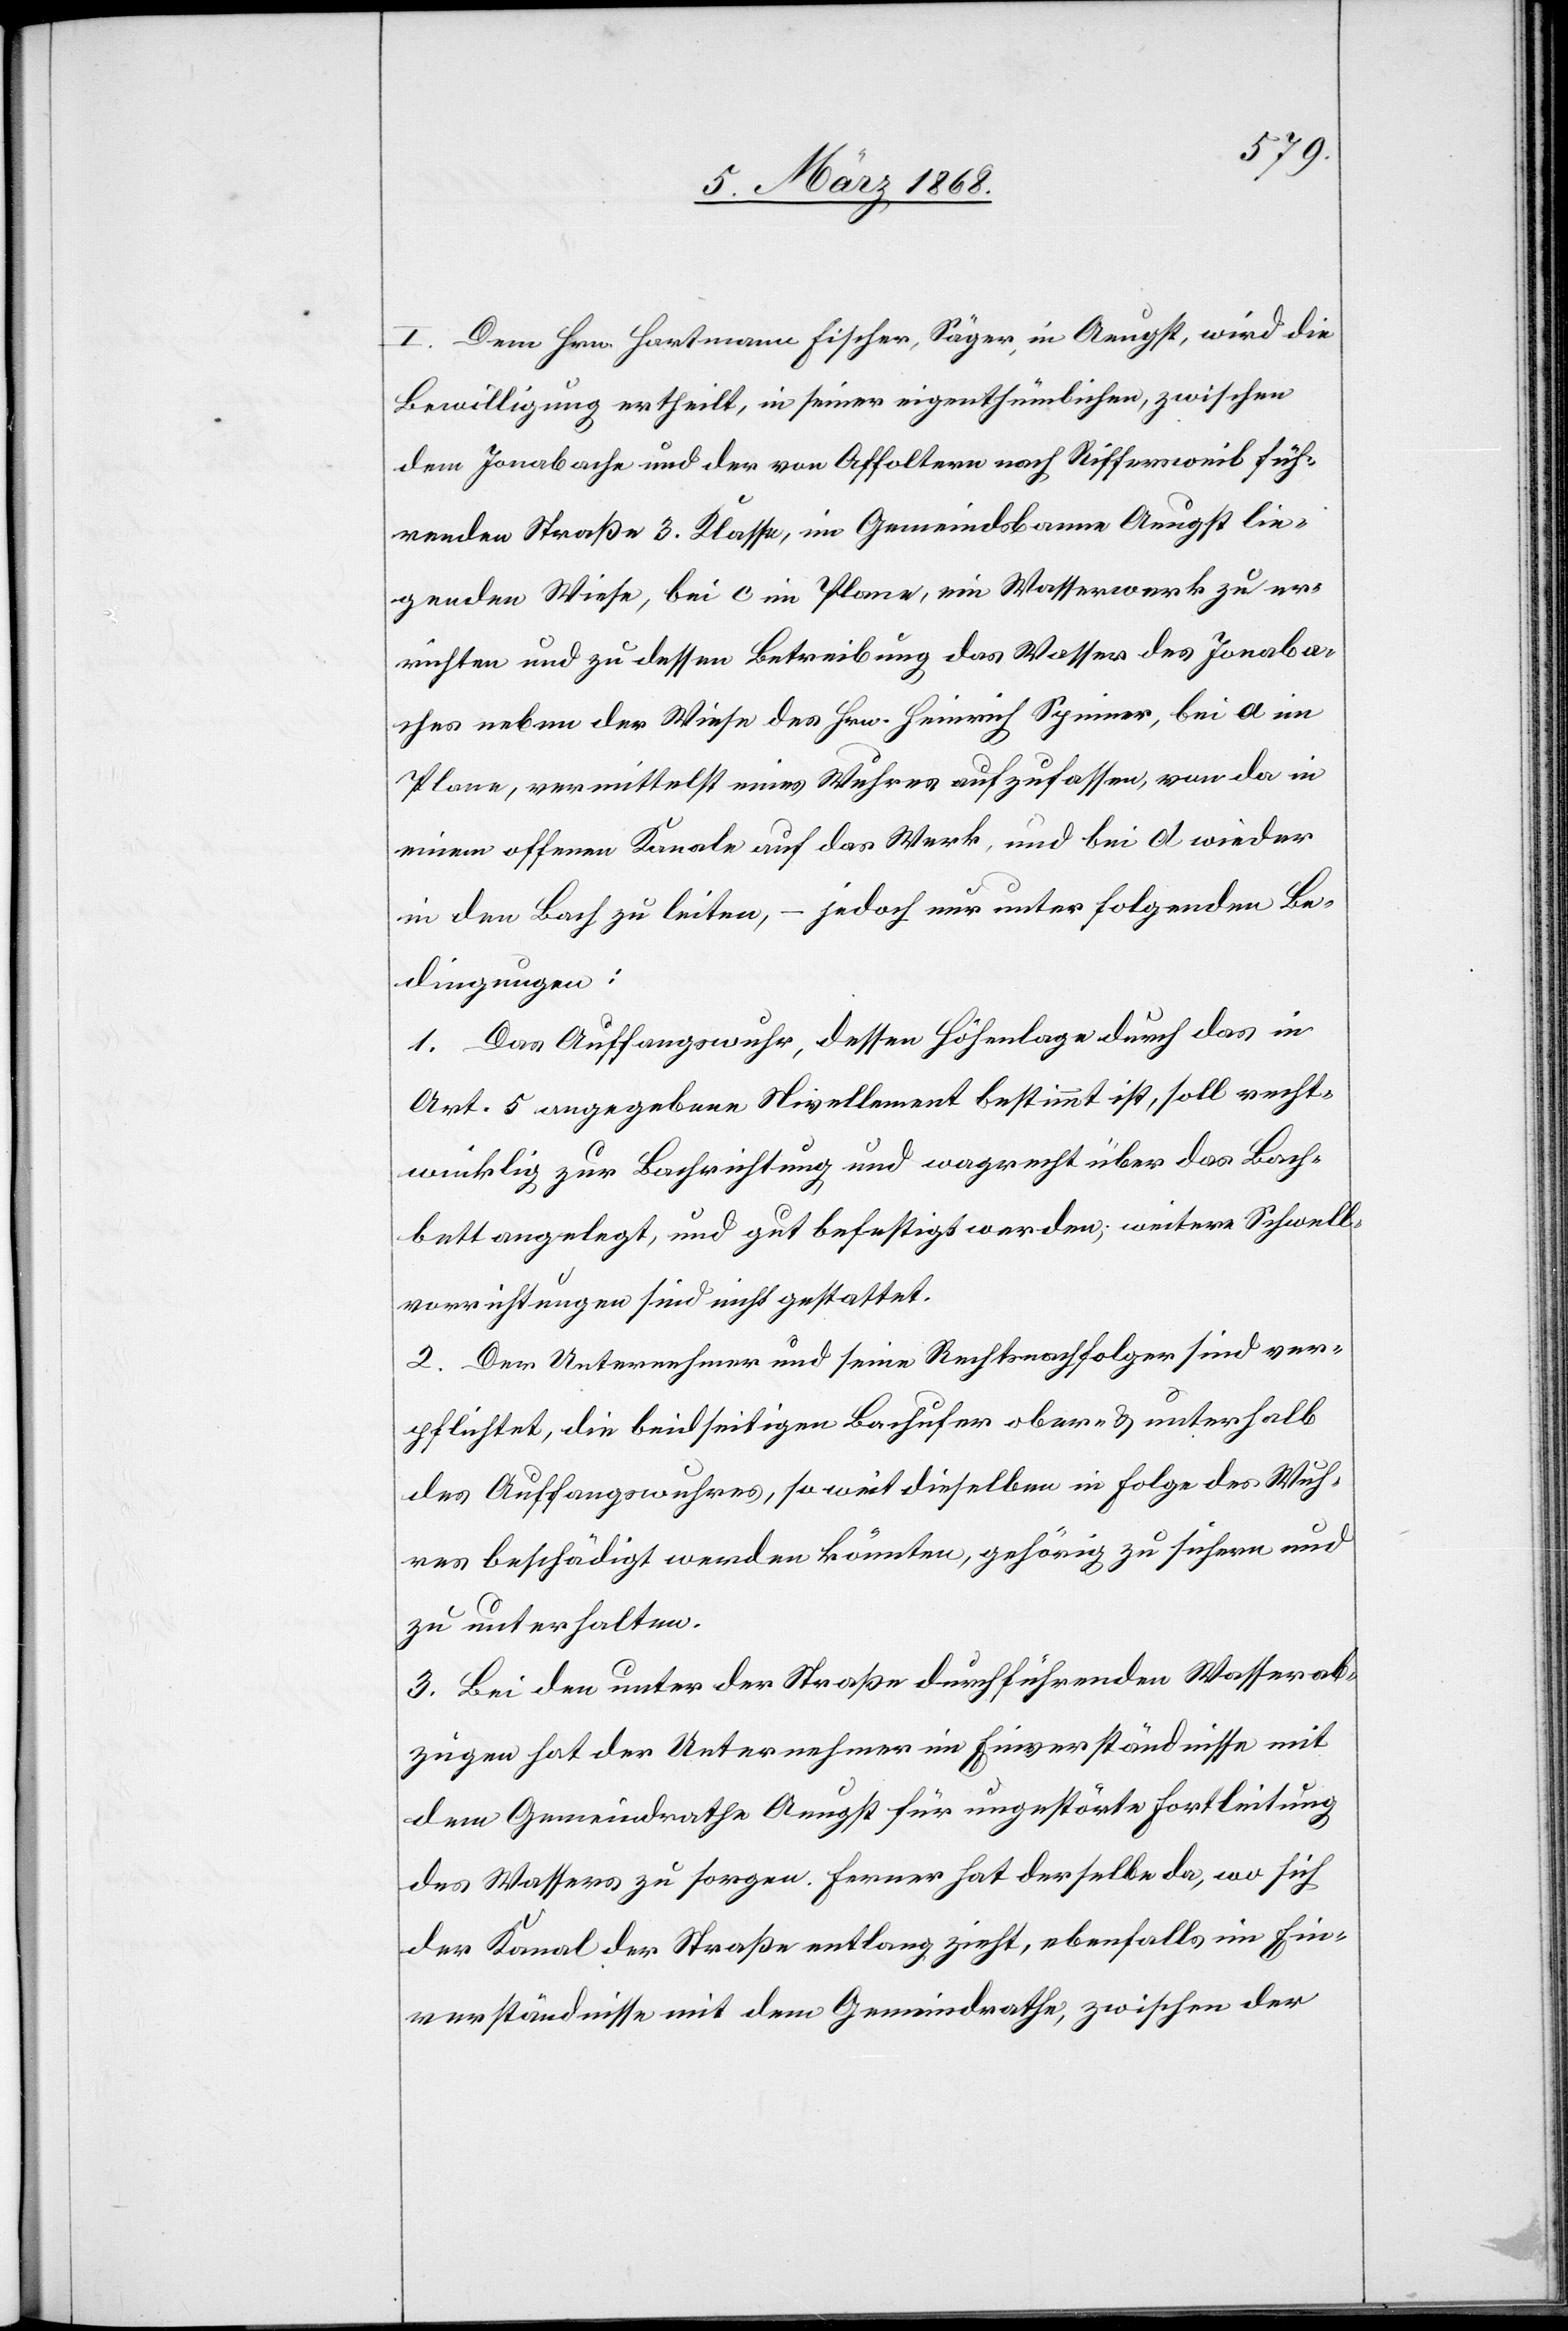
I. Dem Hrn. Hartmann Fischer, Säger, in Aeugst, wird die
Bewilligung ertheilt, in seiner eigenthümlichen, zwischen
dem Jonabache und der von Affoltern nach Riffersweil füh¬
renden Straße 3. Klasse, im Gemeindsbanne Aeugst lie¬
genden Wiese, bei c im Plane, ein Wasserwerk zu er¬
richten und zu dessen Betreibung das Wasser des Jonaba¬
ches neben der Wiese des Hrn. Heinrich Spinner, bei a im
Plane, vermittelst eines Wuhres aufzufassen, von da in
einem offenen Kanale auf das Werk, und bei d wieder
in den Bach zu leiten, – jedoch nur unter folgenden Be¬
dingungen:
1. Das Auffangswuhr, dessen Höhenlage durch das in
Art. 5 angegebene Nivellement bestimmt ist, soll recht¬
winklig zur Bachrichtung und wa[a]grecht über das Bach¬
bett angelegt, und gut befestigt werden; weitere Schwell¬
vorrichtungen sind nicht gestattet.
2. Der Unternehmer und seine Rechtsnachfolger sind ver¬
pflichtet, die beidseitigen Bachufer ober- & unterhalb
des Auffangswuhres, so weit dieselben in Folge des Wuh¬
res beschädigt werden könnten, gehörig zu sichern und
zu unterhalten.
3. Bei den unter der Straße durchführenden Wasserab¬
zügen hat der Unternehmer im Einverständnisse mit
dem Gemeindrathe Aeugst für ungestörte Fortleitung
des Wassers zu sorgen. Ferner hat derselbe da, wo sich
der Kanal der Straße entlang zieht, ebenfalls im Ein¬
verständnisse mit dem Gemeindrathe, zwischen der